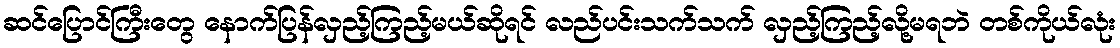
ဆင်ပြောင်ကြီးတွေ နောက်ပြန်လှည့်ကြည့်မယ်ဆိုရင် လည်ပင်းသက်သက် လှည့်ကြည့်လို့မရဘဲ တစ်ကိုယ်လုံး